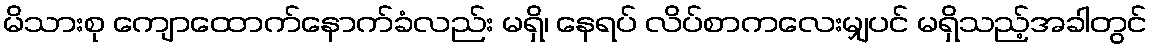
မိသားစု ကျောထောက်နောက်ခံလည်း မရှိ၊ နေရပ် လိပ်စာကလေးမျှပင် မရှိသည့်အခါတွင်